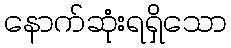
နောက်ဆုံးရရှိသော